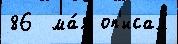
86  ма́я оп'исал